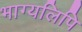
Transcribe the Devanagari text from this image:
भाग्यलिपि